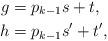
LaTeX: \begin{align*}g&=p_{k-1}s+t,\\h&=p_{k-1}s'+t',\end{align*}